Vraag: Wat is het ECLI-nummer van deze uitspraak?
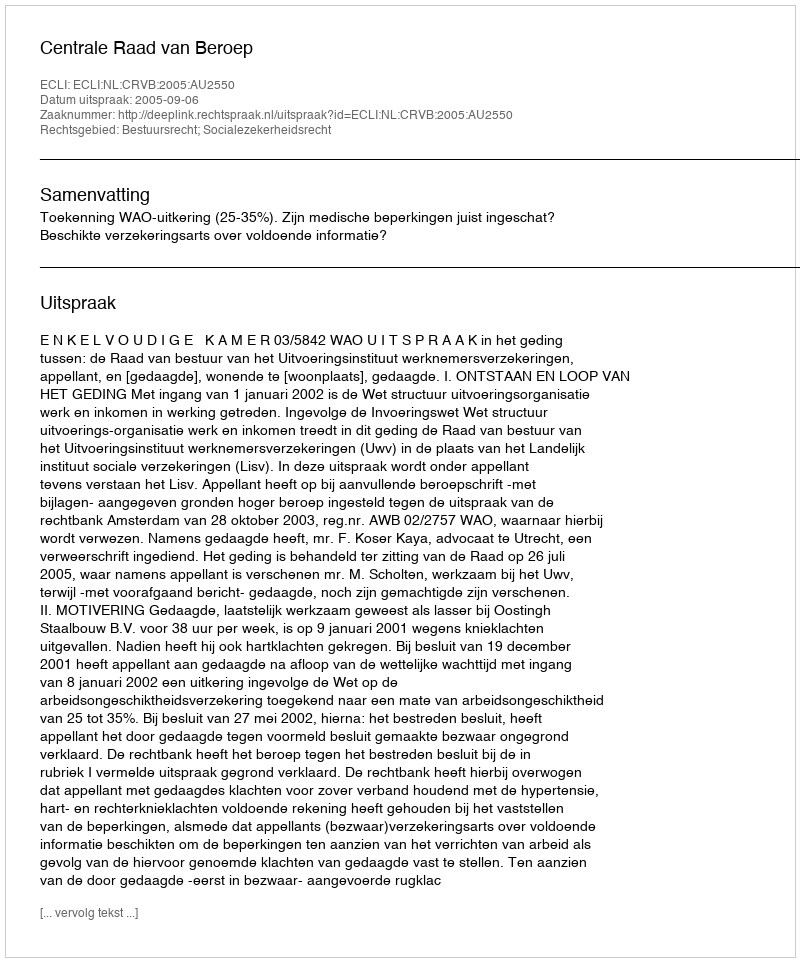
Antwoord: ECLI:NL:CRVB:2005:AU2550